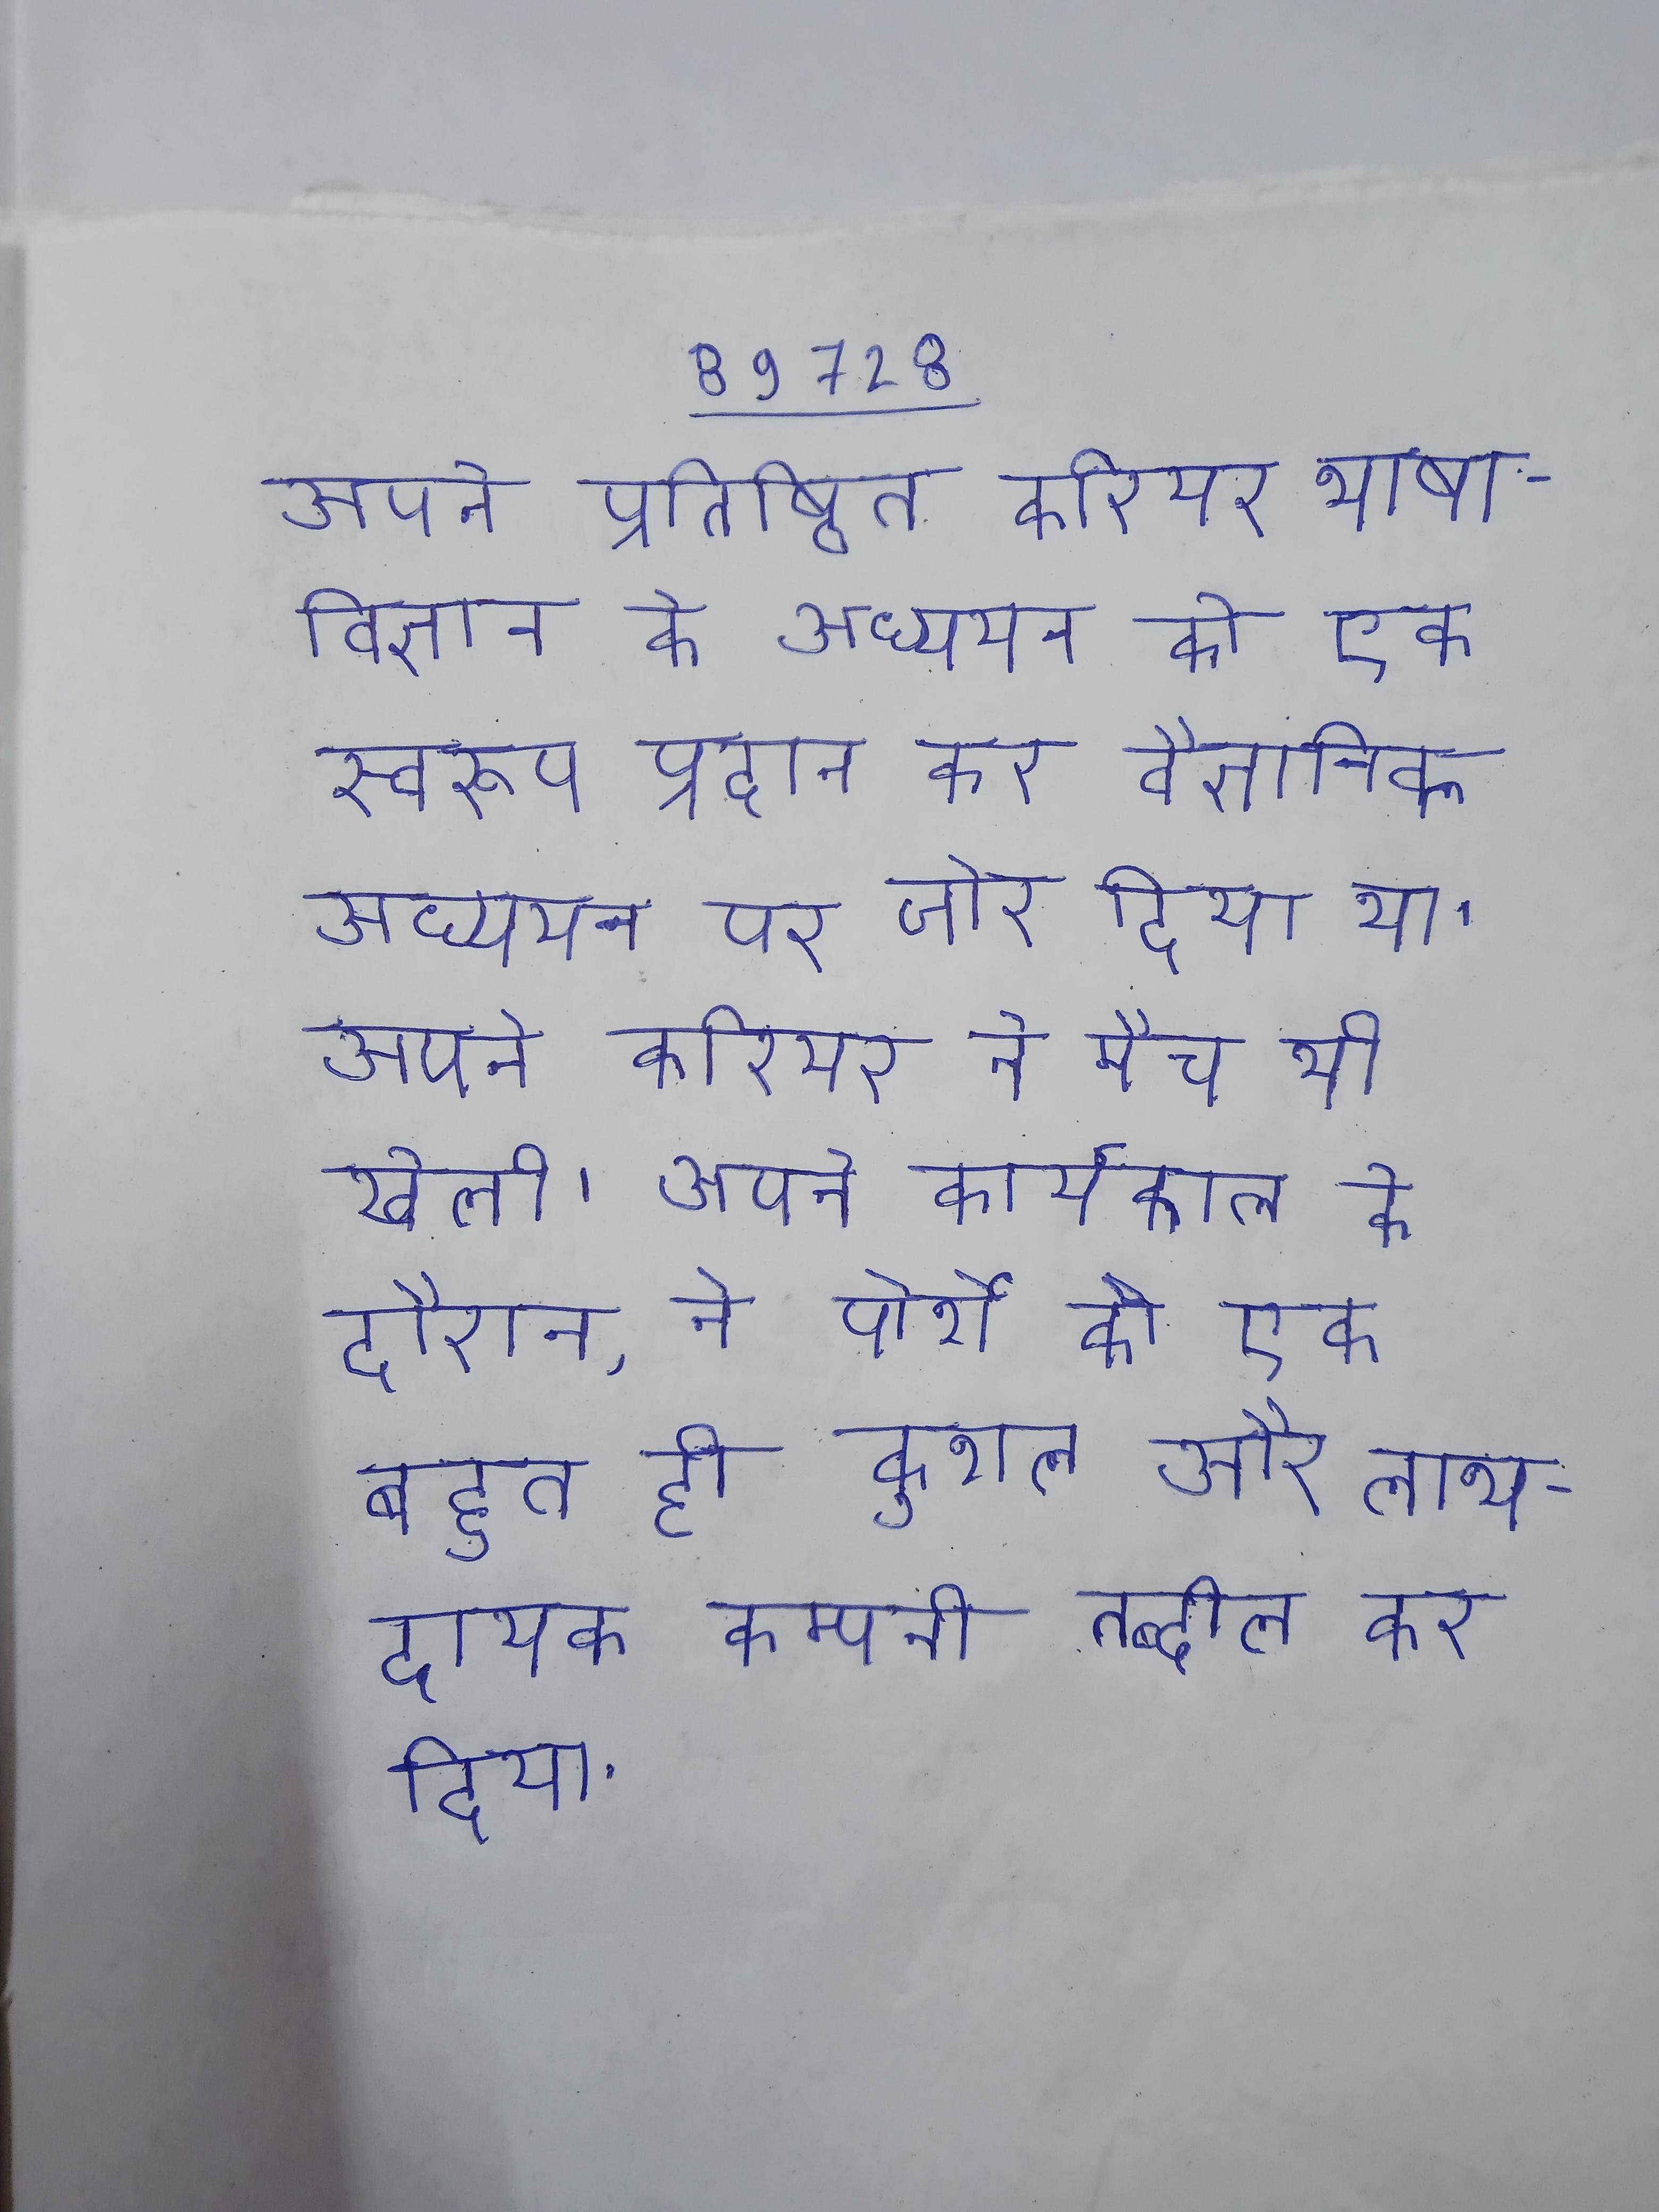
अपने प्रतिष्ठित करियर भाषाविज्ञान के अध्ययन को एक स्वरूप प्रदान कर वैज्ञानिक अध्ययन पर जोर दिया था । अपने करियर ने मैच भी खेली । अपने कार्यकाल के दौरान, ने पोर्शे को एक बहुत ही कुशल और लाभदायक कम्पनी तब्दील कर दिया .